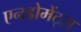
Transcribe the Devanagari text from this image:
एनडोमेंट्स